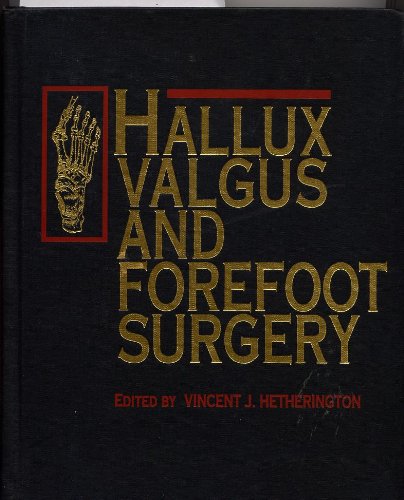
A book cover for Hallux Valgus and Forefoot Surgery; V. Hetherington; Medical Books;